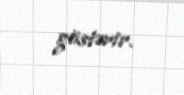
göstərir.